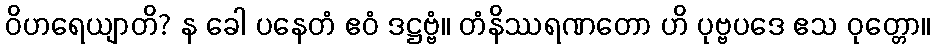
ဝိဟရေယျာတိ? န ခေါ ပနေတံ ဧဝံ ဒဋ္ဌဗ္ဗံ။ တံနိဿရဏတော ဟိ ပုဗ္ဗပဒေ ဧသ ဝုတ္တော။